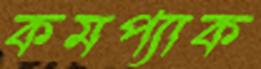
কমপ্যাক